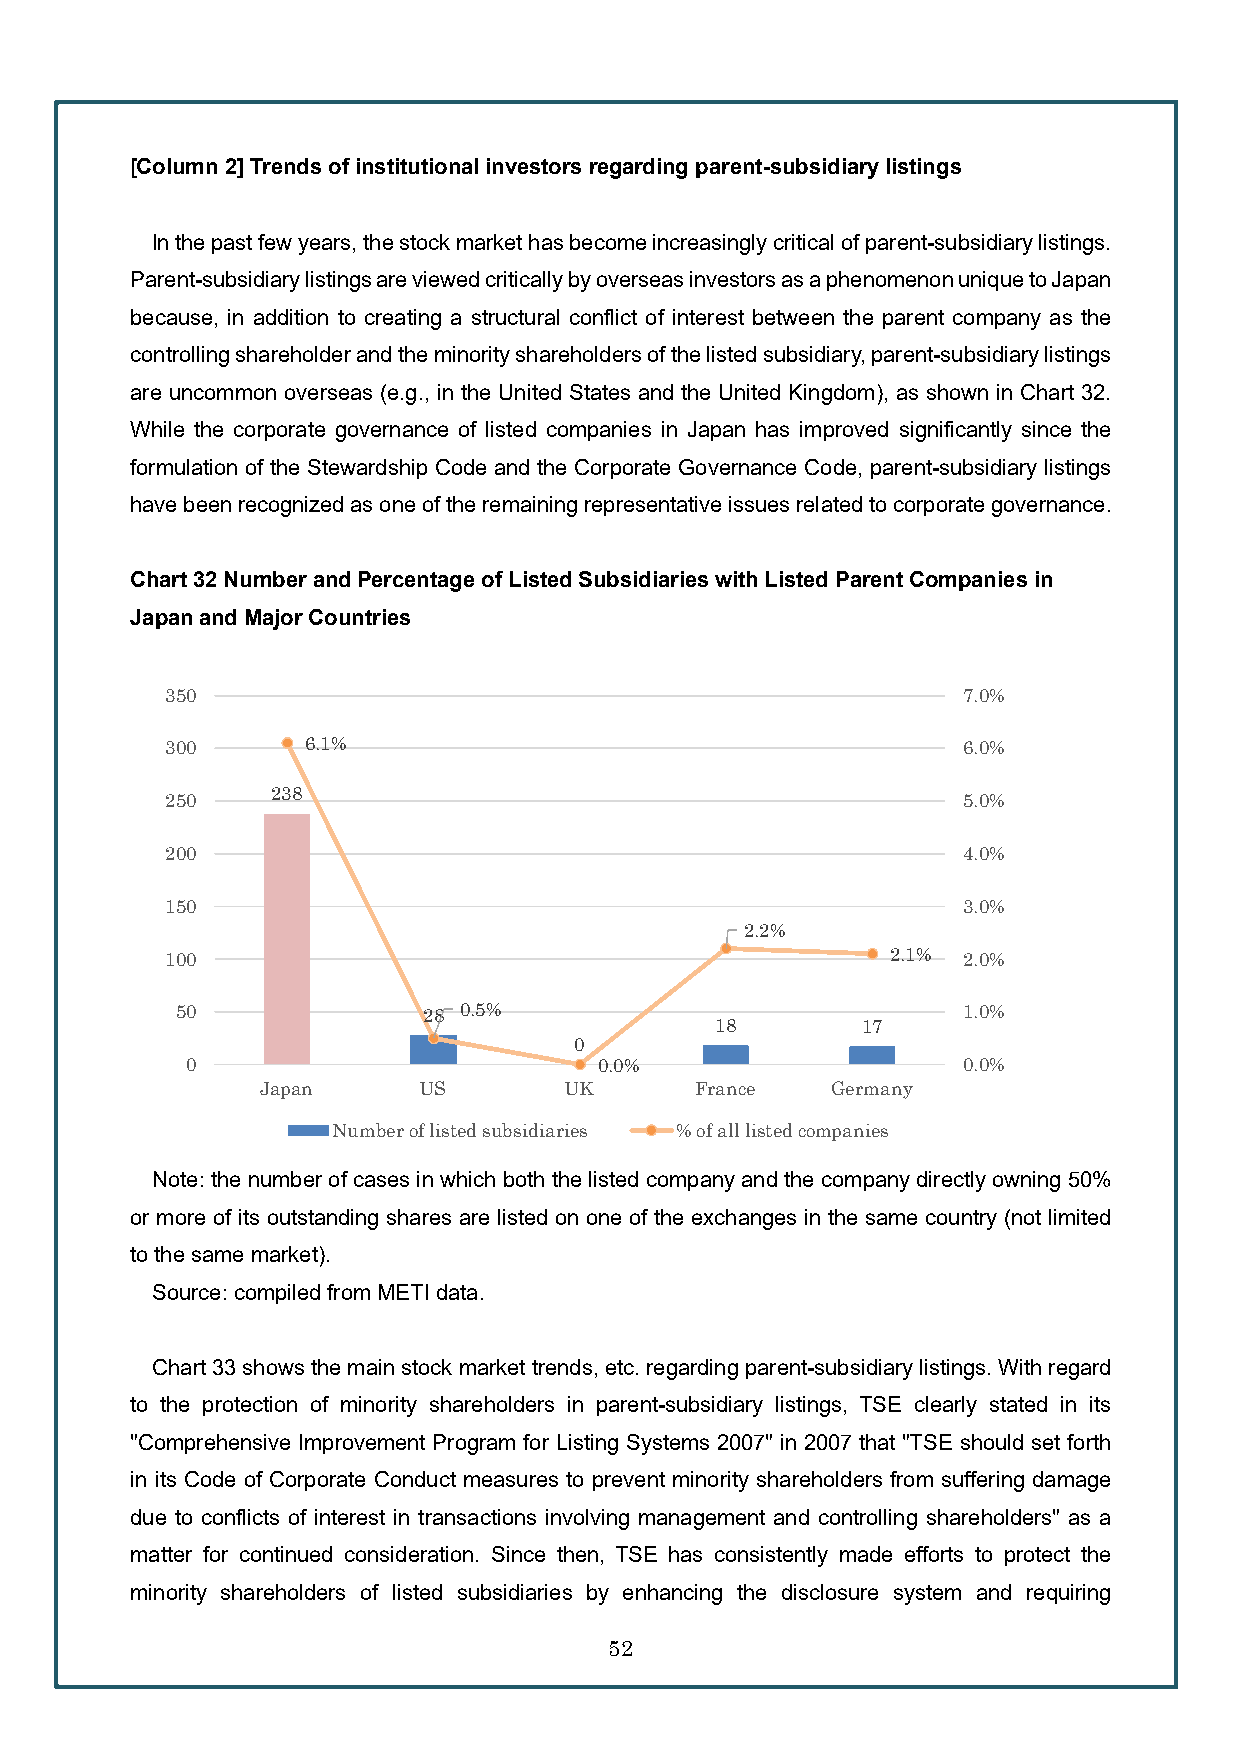
[Column 2] Trends of institutional investors regarding parent-subsidiary listings
 In the past few years, the stock market has become increasingly critical of parent-subsidiary listings.
 Parent-subsidiary listings are viewed critically by overseas investors as a phenomenon unique to Japan
 because, in addition to creating a structural conflict of interest between the parent company as the
 controlling shareholder and the minority shareholders of the listed subsidiary, parent-subsidiary listings
 are uncommon overseas (e.g., in the United States and the United Kingdom), as shown in Chart 32.
 While the corporate governance of listed companies in Japan has improved significantly since the
 formulation of the Stewardship Code and the Corporate Governance Code, parent-subsidiary listings
 have been recognized as one of the remaining representative issues related to corporate governance.
 Chart 32Number and Percentage of Listed Subsidiaries with Listed Parent Companies in
 Japan and Major Countries
 350                                                  7.0%
 300      6.1%                                        6.0%
 238
 250                                                  5.0%
 200                                                  4.0%
 150                                                  3.0%
 2.2%
 100                                             2.1% 2.0%
 50              28 0.5%                             1.0%
 18        17
 0
 0                           0.0%                    0.0%
 Japan      US       UK       France   Germany
 Number of listed subsidiaries % of all listed companies
 Note: the number of cases in which both the listed company and the company directly owning 50%
 or more of its outstanding shares are listed on one of the exchanges in the same country (not limited
 to the same market).
 Source: compiled from METI data.
 Chart 33 shows the main stock market trends, etc. regarding parent-subsidiary listings. With regard
 to the protection of minority shareholders in parent-subsidiary listings, TSE clearly stated in its
 "Comprehensive Improvement Program for Listing Systems 2007" in 2007 that "TSE should set forth
 in its Code of Corporate Conduct measures to prevent minority shareholders from suffering damage
 due to conflicts of interest in transactions involving management and controlling shareholders" as a
 matter for continued consideration. Since then, TSE has consistently made efforts to protect the
 minority shareholders of listed subsidiaries by enhancing the disclosure system and requiring
 52